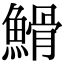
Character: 䱻